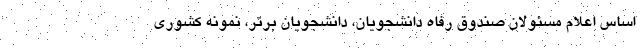
اساس اعلام مسئولان صندوق رفاه دانشجویان، دانشجویان برتر، نمونه کشوری